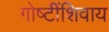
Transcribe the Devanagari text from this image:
गोष्‍टींशिवाय